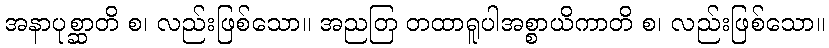
အနာပုစ္ဆာတိ စ၊ လည်းဖြစ်သော။ အညတြ တထာရူပါအစ္စာယိကာတိ စ၊ လည်းဖြစ်သော။